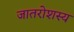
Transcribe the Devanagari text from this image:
जातरोशस्य